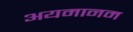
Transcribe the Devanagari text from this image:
अयमानम